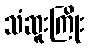
သံဆူးကြိုး